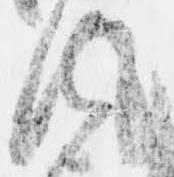
風